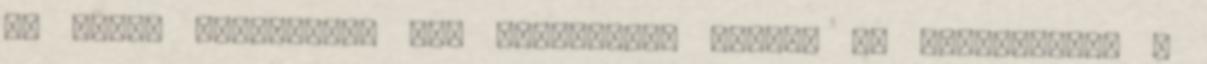
30 oC-on tárolandó. 6.5 Csomagolás típusa és kiszerelése 3